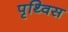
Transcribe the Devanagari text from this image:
पृथ्विस